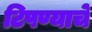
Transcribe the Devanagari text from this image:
टिपण्याचे